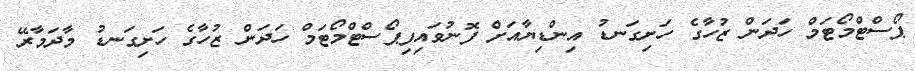
ޕޯސްޓްމޯޓަމް ހަދަން ޒުހާގެ ހަށިގަނޑު އިންޑިޔާއަށް ފޮނުވައިފިޕޯސްޓްމޯޓަމް ހަދަން ޒުހާގެ ހަށިގަނޑު މާދަމާރޭ